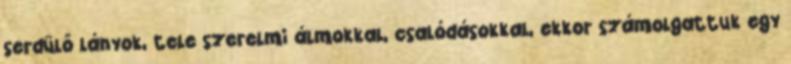
serdülő lányok, tele szerelmi álmokkal, csalódásokkal, ekkor számolgattuk egy